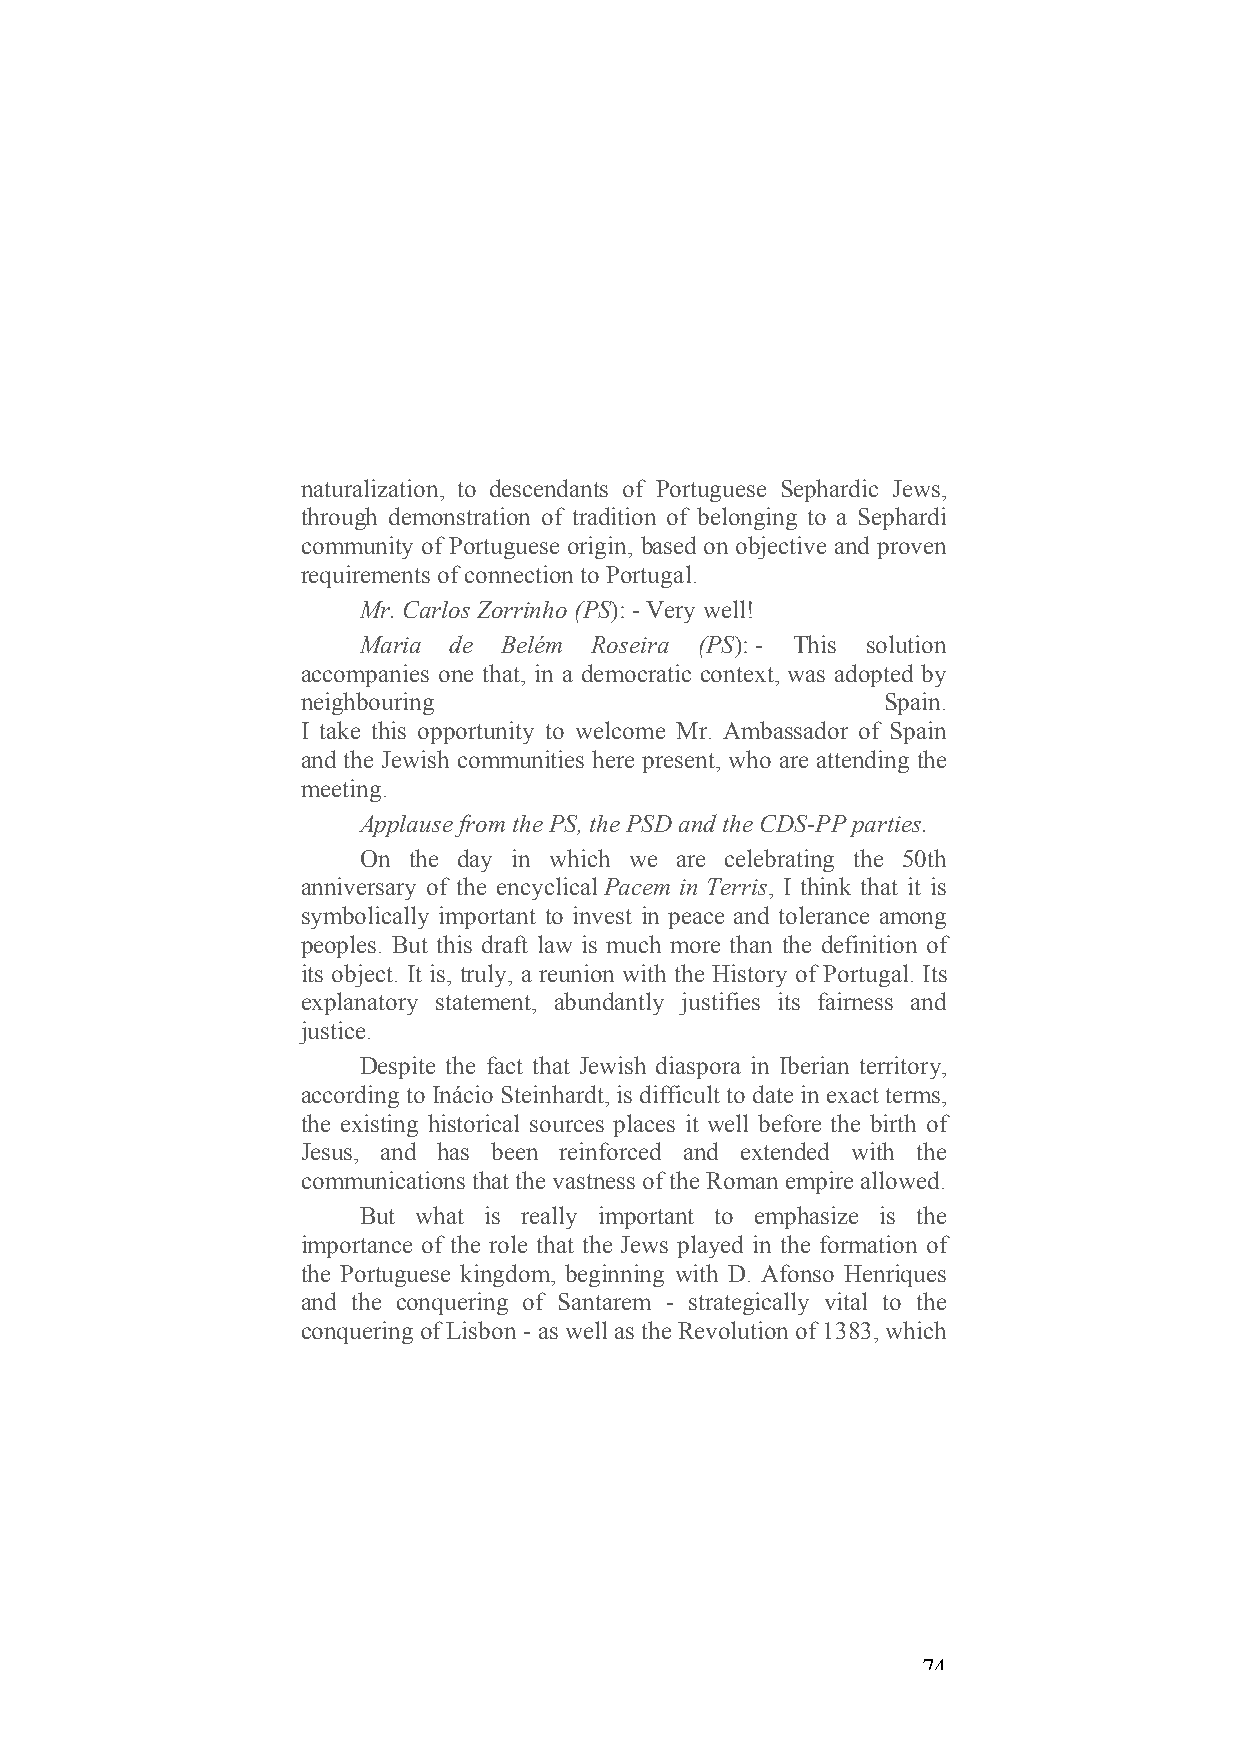
naturalization, to descendants of Portuguese Sephardic Jews,
 through demonstration of tradition of belonging to a Sephardi
 community of Portuguese origin, based on objective and proven
 requirements of connection to Portugal.
 Mr. Carlos Zorrinho (PS): - Very well!
 Maria de Belém Roseira (PS): - This solution
 accompanies one that, in a democratic context, was adopted by
 neighbouring                          Spain.
 I take this opportunity to welcome Mr. Ambassador of Spain
 and the Jewish communities here present, who are attending the
 meeting.
 Applause from the PS, the PSD and the CDS-PP parties.
 On the day in which we are celebrating the 50th
 anniversary of the encyclical Pacem in Terris, I think that it is
 symbolically important to invest in peace and tolerance among
 peoples. But this draft law is much more than the definition of
 its object. It is, truly, a reunion with the History of Portugal. Its
 explanatory statement, abundantly justifies its fairness and
 justice.
 Despite the fact that Jewish diaspora in Iberian territory,
 according to Inácio Steinhardt, is difficult to date in exact terms,
 the existing historical sources places it well before the birth of
 Jesus, and has been reinforced and extended with the
 communications that the vastness of the Roman empire allowed.
 But what is really important to emphasize is the
 importance of the role that the Jews played in the formation of
 the Portuguese kingdom, beginning with D. Afonso Henriques
 and the conquering of Santarem - strategically vital to the
 conquering of Lisbon - as well as the Revolution of 1383, which
 74